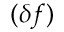
( \delta f )